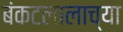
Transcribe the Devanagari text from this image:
बंकटलालाच्या